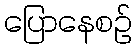
ပြောနေစဉ်